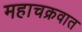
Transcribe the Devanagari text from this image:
महाचक्रवात